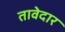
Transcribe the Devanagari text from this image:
तावेदार